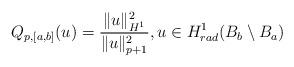
LaTeX: \begin{align*}Q_{p,[a,b]}(u)=\frac{\|u\|^2_{H^1}}{\|u\|_{p+1}^2}, u\in H^{1}_{rad}(B_b\setminus B_a)\end{align*}